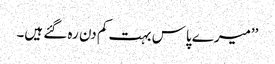
’’میرے پاس بہت کم دن رہ گئے ہیں۔